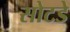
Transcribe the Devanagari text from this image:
सोटडे